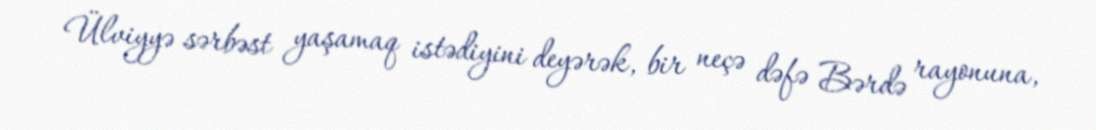
Ülviyyə sərbəst yaşamaq istədiyini deyərək, bir neçə dəfə Bərdə rayonuna,